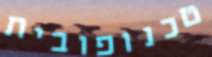
טכנופובית